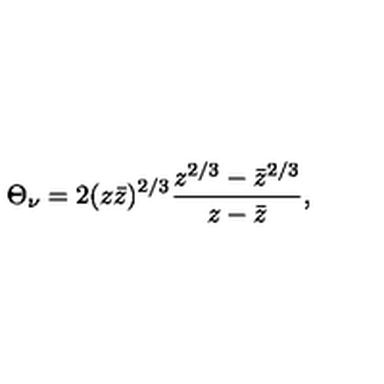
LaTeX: \Theta _ { \nu } = 2 ( z \bar { z } ) ^ { 2 / 3 } \frac { z ^ { 2 / 3 } - \bar { z } ^ { 2 / 3 } } { z - \bar { z } } ,